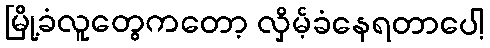
မြို့ခံလူတွေကတော့ လှိမ့်ခံနေရတာပေါ့